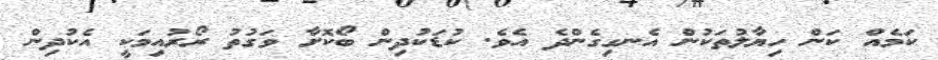
ކަމެއް ކަން ހިޔާލުތަކުން އެނގިގެންދެ އެވެ. ކުޑަކުދިން ބޯކޮށާ ވަގުތު ރޯރުއިމަކީ އެކުދިން